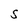
Character: S